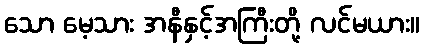
သော မေ့သား အနီနှင့်အကြီးတို့ လင်မယား။